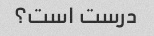
درست است؟